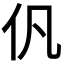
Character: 𠆩